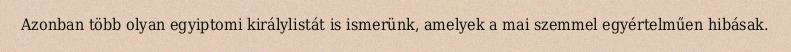
Azonban több olyan egyiptomi királylistát is ismerünk, amelyek a mai szemmel egyértelműen hibásak.